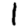
Digit: 1